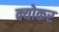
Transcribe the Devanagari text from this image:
क्योकर